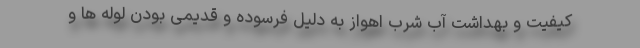
کیفیت و بهداشت آب شرب اهواز به دلیل فرسوده و قدیمی بودن لوله ها و